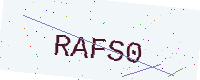
Text: RAFS0